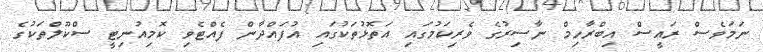
ނަމަވެސް ރައީސް އިބްރާހިމް ނާސިރުގެ ވެރިކަމުގައި އަތޮޅުތަކުގައި އުފައްދާން ފެއްޓެވި ކޮމިއުނިޓީ ސްކޫލްތަކުގެ